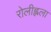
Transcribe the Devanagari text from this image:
रोलीह्लला